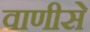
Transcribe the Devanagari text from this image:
वाणीसे